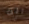
انت